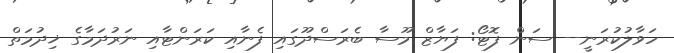
ހަވާލުކުރަނީ-- ސަން ފޮޓޯ: ފަޔާޒް މޫސާ ބެރަސްދޫގައި ފެނާއި ކަރަންޓާއި ނަރުދަމާގެ ޚިދުމަތް